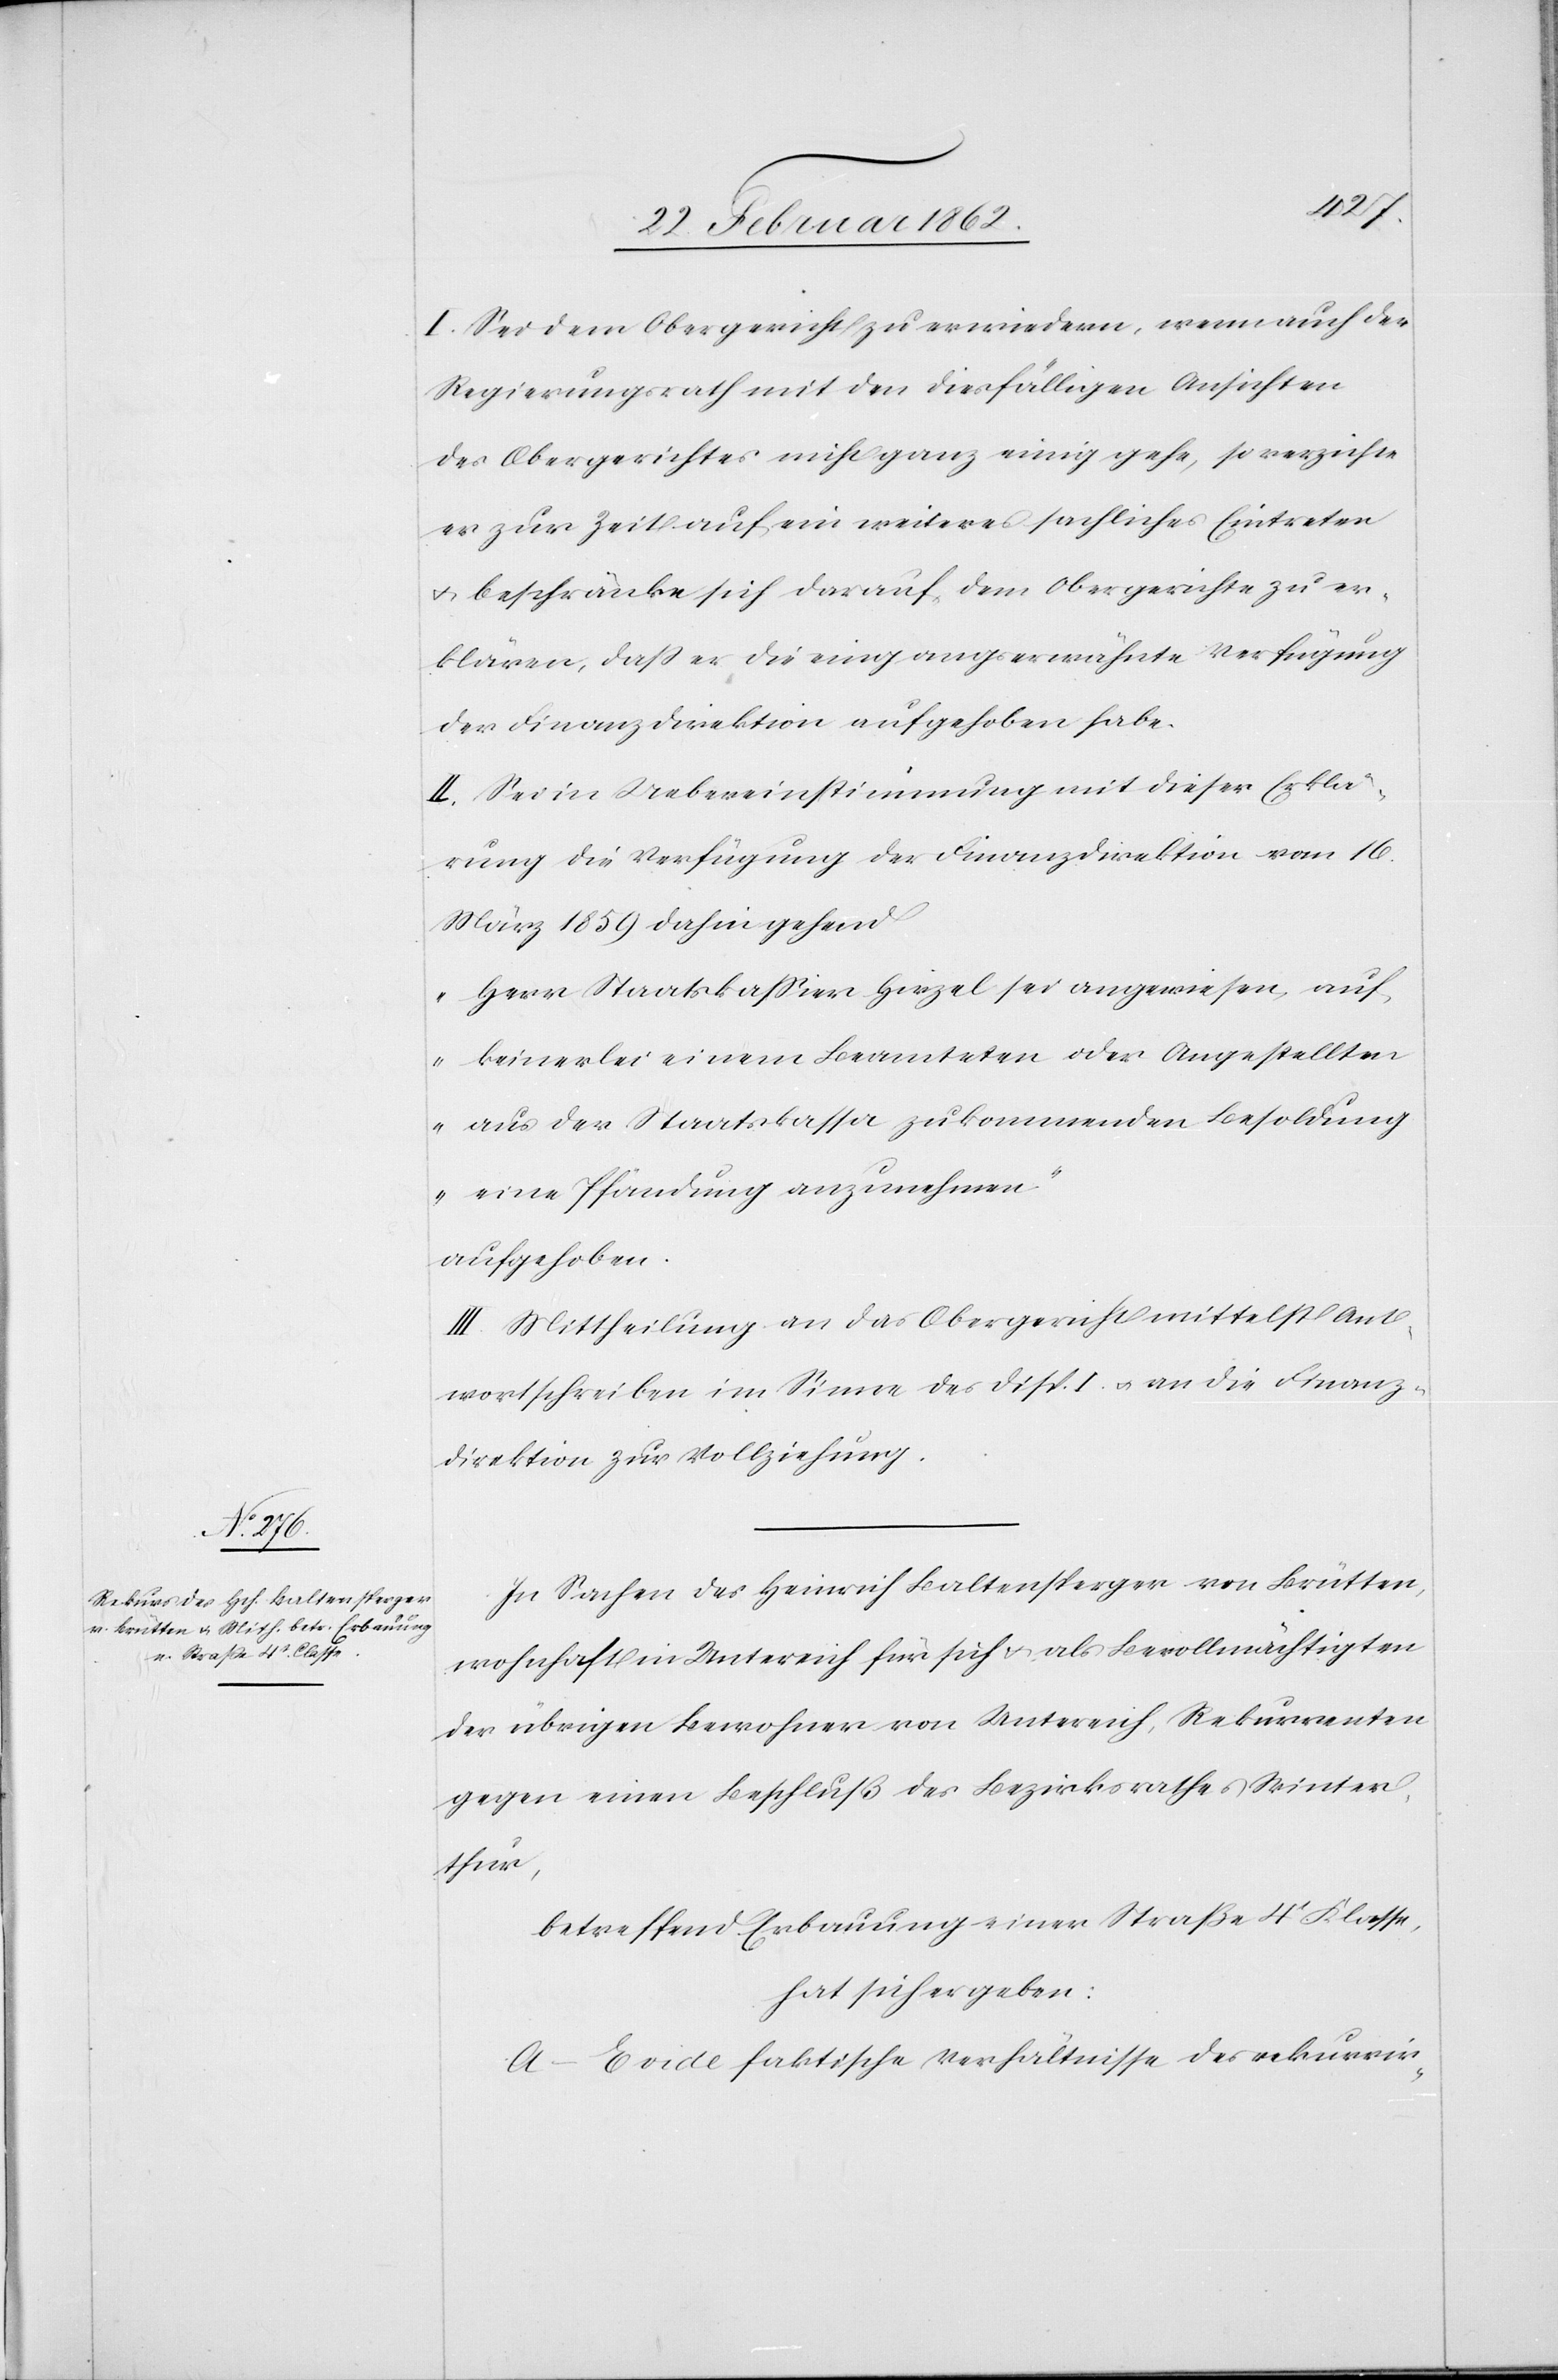
I. Sei dem Obergericht zu erwiedern, wenn auch der
Regierungsrath mit den diesfälligen Ansichten
des Obergerichtes nicht ganz einig gehe, so verzichte
er zur Zeit auf ein weiteres sachliches Eintreten
u. beschränke sich darauf, dem Obergerichte zu er¬
klären, daß er die eingangs erwähnte Verfügung
der Finanzdirektion aufgehoben habe.
II. Sei in Uebereinstimmung mit dieser Erkä¬
rung die Verfügung der Finanzdirektion vom 16.
März 1859 dahin gehend
„Herr Staatskaßier Hirzel sei angewiesen, auf
keinerlei einem Beamteten oder Angestellten
aus der Staatskassa zukommenden Besoldung
eine Pfändung anzunehmen“
aufgehoben.
III. Mittheilung an das Obergericht mittelst Ant¬
wortschreiben im Sinne des Disp. I. u. an die Finanz¬
direktion zur Vollziehung.
In Sachen des Heinrich Baltensperger von Brütten
wohnhaft in Untereich für sich u. als Bevollmächtigten
der übrigen Bewohner von Untereich, Rekurrenten
gegen einen Beschluß des Bezirksrathes Winter¬
thur,
betreffend Erbauung einer Straße 4t Klasse,
hat sich ergeben:
A–E vide faktische Verhältnisse des rekurrir-